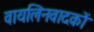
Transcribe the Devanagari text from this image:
वायलिनवादकों